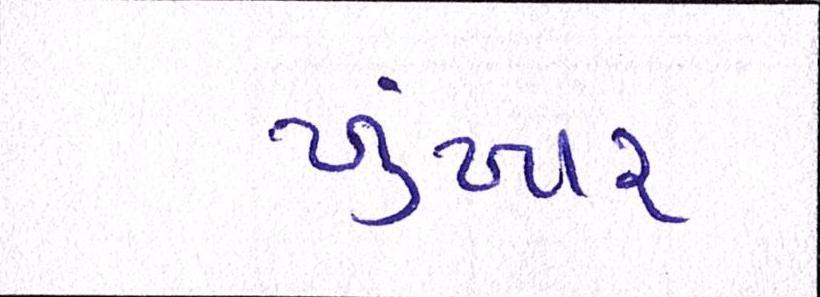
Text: ખુંખાર